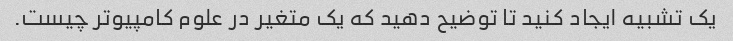
یک تشبیه ایجاد کنید تا توضیح دهید که یک متغیر در علوم کامپیوتر چیست.